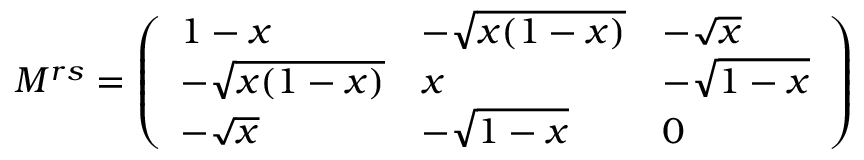
M ^ { r s } = \left( \begin{array} { l l l } { { 1 - x } } & { { - \sqrt { x ( 1 - x ) } } } & { { - \sqrt { x } } } \\ { { - \sqrt { x ( 1 - x ) } } } & { { x } } & { { - \sqrt { 1 - x } } } \\ { { - \sqrt { x } } } & { { - \sqrt { 1 - x } } } & { { 0 } } \end{array} \right)